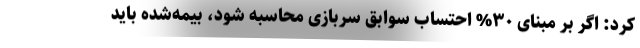
کرد: اگر بر مبنای ۳۰% احتساب سوابق سربازی محاسبه شود، بیمه‌شده باید